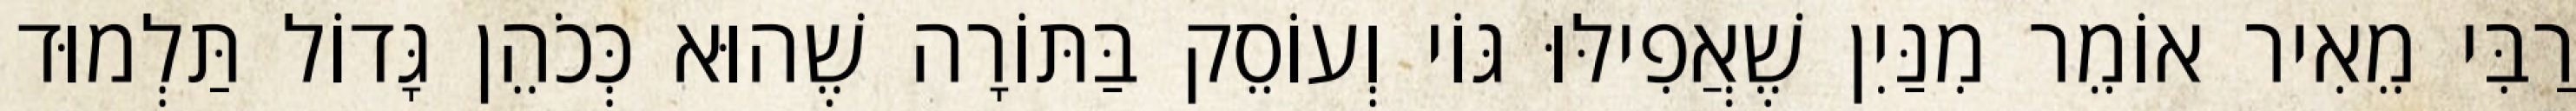
רַבִּי מֵאִיר אוֹמֵר מִנַּיִן שֶׁאֲפִילּוּ גּוֹי וְעוֹסֵק בַּתּוֹרָה שֶׁהוּא כְּכֹהֵן גָּדוֹל תַּלְמוּד